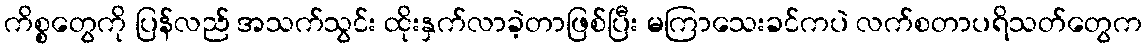
ကိစ္စတွေကို ပြန်လည် အသက်သွင်း ထိုးနှက်လာခဲ့တာဖြစ်ပြီး မကြာသေးခင်ကပဲ လက်စတာပရိသတ်တွေက